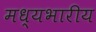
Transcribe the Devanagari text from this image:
मध्यभारीय